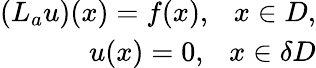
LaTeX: \begin{array}{r}{(L_{a}u)(x)=f(x),~~~x\in D,}\\ {u(x)=0,~~~x\in\delta D}\end{array}